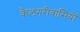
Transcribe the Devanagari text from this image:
कैलगरीवासियों